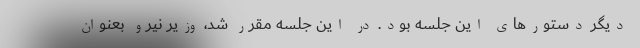
دیگر دستورهای این جلسه بود. در این جلسه مقرر شد، وزیر نیرو بعنوان